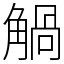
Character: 𧤐